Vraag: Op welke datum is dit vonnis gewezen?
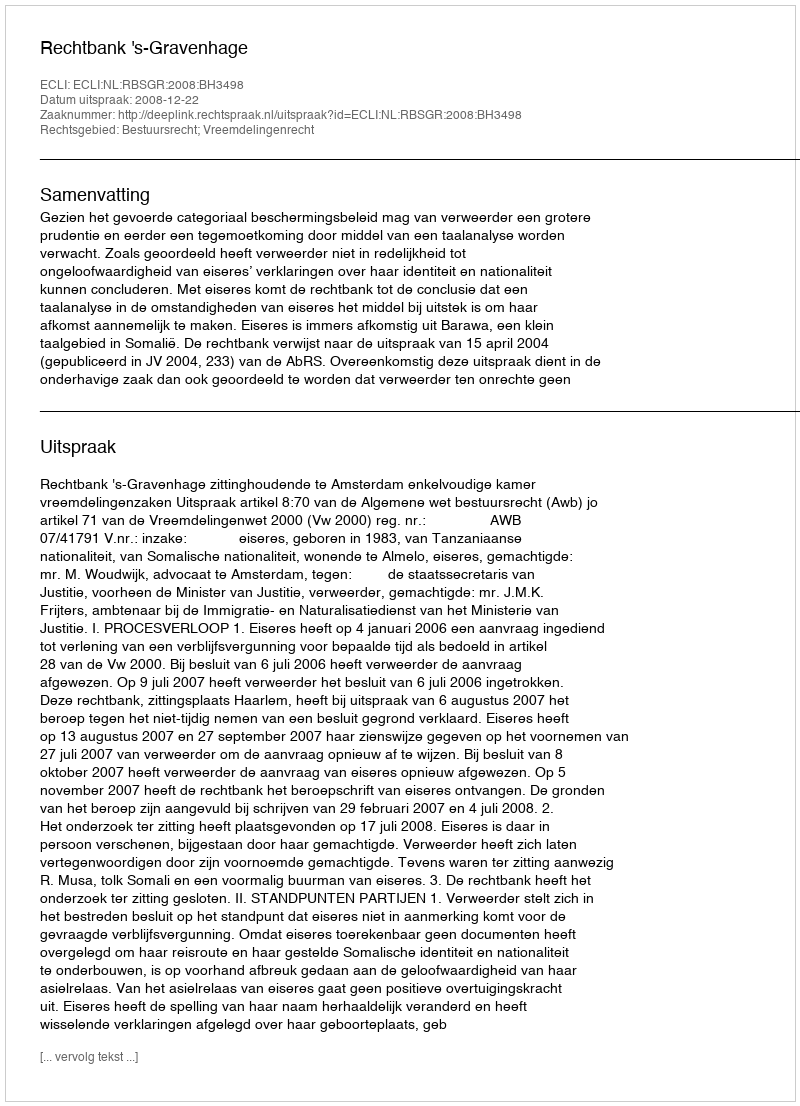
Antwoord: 2008-12-22